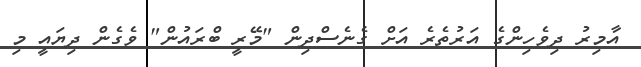
އާމިރު ދިވެހިންގެ އަރުތެރެ އަށް ގެނެސްދިން "މޭރީ ބްރައުން" ވެގެން ދިޔައީ މި